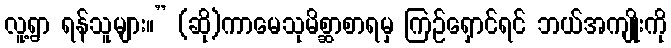
လူ့ရွာ ရန်သူများ။” (ဆို)ကာမေသုမိစ္ဆာစာရမှ ကြဉ်ရှောင်ရင် ဘယ်အကျိုးကို